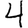
Digit: 4